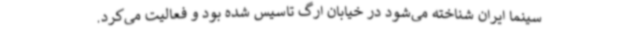
سینما ایران شناخته می‌شود در خیابان ارگ تاسیس شده بود و فعالیت می‌کرد.